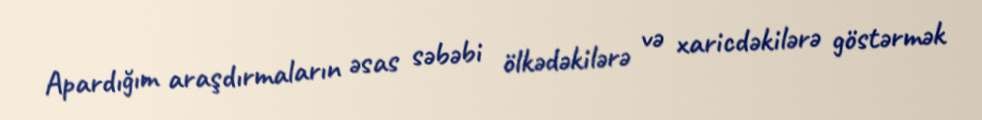
Apardığım araşdırmaların əsas səbəbi ölkədəkilərə və xaricdəkilərə göstərmək